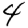
Digit: 4